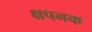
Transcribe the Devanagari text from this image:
क्षपनक